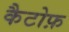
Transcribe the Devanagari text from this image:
कैटोफ़